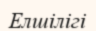
Елшілігі